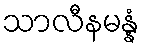
သာလီနမန္နံ